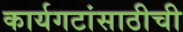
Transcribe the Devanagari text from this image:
कार्यगटांसाठीची